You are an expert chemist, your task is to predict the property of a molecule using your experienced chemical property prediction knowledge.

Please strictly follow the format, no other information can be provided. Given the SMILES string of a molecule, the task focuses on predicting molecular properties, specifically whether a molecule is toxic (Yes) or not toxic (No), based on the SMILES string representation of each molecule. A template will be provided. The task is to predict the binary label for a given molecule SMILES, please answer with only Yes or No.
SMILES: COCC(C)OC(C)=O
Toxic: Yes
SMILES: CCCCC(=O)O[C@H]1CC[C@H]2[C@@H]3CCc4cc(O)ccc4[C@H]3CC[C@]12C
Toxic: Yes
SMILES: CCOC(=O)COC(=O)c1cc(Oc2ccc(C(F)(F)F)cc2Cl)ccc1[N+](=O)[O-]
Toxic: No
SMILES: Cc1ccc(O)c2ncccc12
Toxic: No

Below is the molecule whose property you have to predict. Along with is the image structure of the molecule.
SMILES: O=C(O)CC(O)C(=O)O
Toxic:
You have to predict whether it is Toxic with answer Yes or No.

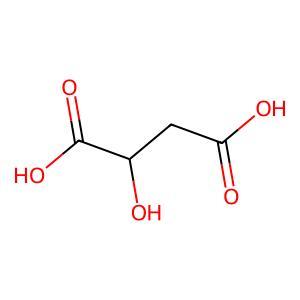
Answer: No